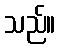
သည်။